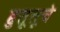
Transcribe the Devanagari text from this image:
हुतूतूचे